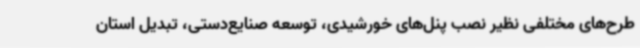
طرح‌های مختلفی نظیر نصب پنل‌های خورشیدی، توسعه صنایع‌دستی، تبدیل استان